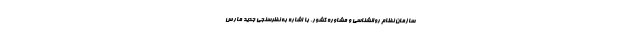
سازمان نظام روانشناسی و مشاوره کشور، با اشاره به نظرسنجی جدید مارس